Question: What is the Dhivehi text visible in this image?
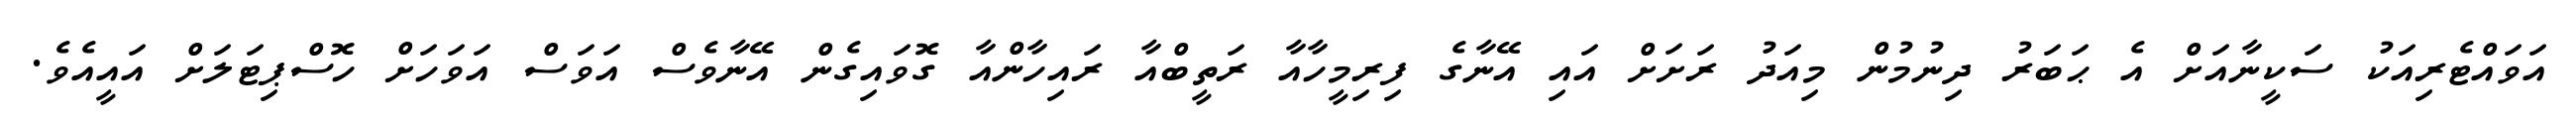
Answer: އަވައްޓެރިއަކު ސަކީނާއަށް އެ ޙަބަރު ދިނުމުން މިއަދު ރަށަށް އައި އޭނާގެ ފިރިމީހާއާ ރަތީބްއާ ރައިހާންއާ ގޮވައިގެން އޭނާވެސް އަވަސް އަވަހަށް ހޮސްޕިޓަލަށް އައީއެވެ.